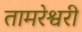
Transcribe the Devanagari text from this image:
तामरेश्वरी